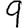
Digit: 9